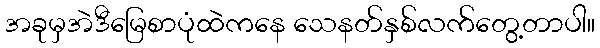
အခုမှအဲဒီမြေစာပုံထဲကနေ သေနတ်နှစ်လက်တွေ့တာပါ။